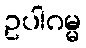
ဥပါဂမ္မ